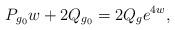
LaTeX: \begin{align*}P_{g_0}w+2Q_{g_0}=2Q_g e^{4w},\end{align*}